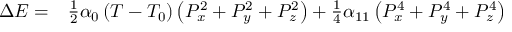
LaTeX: \begin{array} { l l } { \Delta E = } & { { \frac { 1 } { 2 } } \alpha _ { 0 } \left( T - T _ { 0 } \right) \left( P _ { x } ^ { 2 } + P _ { y } ^ { 2 } + P _ { z } ^ { 2 } \right) + { \frac { 1 } { 4 } } \alpha _ { 1 1 } \left( P _ { x } ^ { 4 } + P _ { y } ^ { 4 } + P _ { z } ^ { 4 } \right) } \end{array}